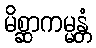
မိစ္ဆာကမ္မန္တံ